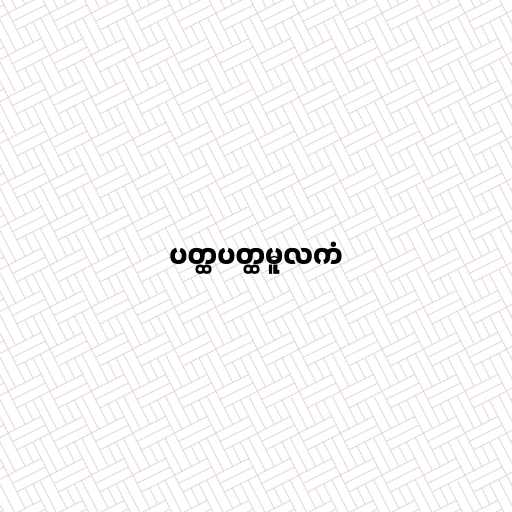
ပတ္ထပတ္ထမူလကံ